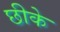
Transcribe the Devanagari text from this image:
छीके